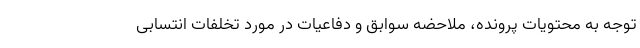
توجه به محتویات پرونده، ملاحضه سوابق و دفاعیات در مورد تخلفات انتسابی